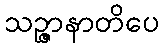
သဉ္ဇာနာတိပေ